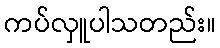
ကပ်လှူပါသတည်း။